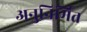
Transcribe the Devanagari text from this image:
अनुनिर्मित